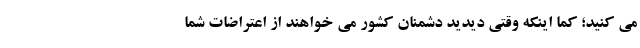
می کنید؛ کما اینکه وقتی دیدید دشمنان کشور می خواهند از اعتراضات شما